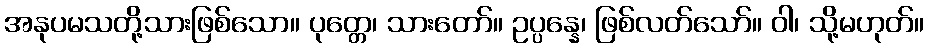
အနုပမသတို့သားဖြစ်သော။ ပုတ္တေ၊ သားတော်။ ဥပ္ပန္နေ၊ ဖြစ်လတ်သော်။ ဝါ၊ သို့မဟုတ်။